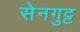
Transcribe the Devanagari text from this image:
सेनगुट्ट